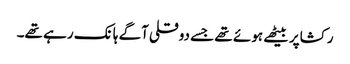
رکشاپر بیٹھے ہوئے تھے جسے دوقلی آگے ہانک رہے تھے۔